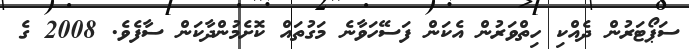
ސަޕޯޓަރުން ދެއްކި ހިތްވަރުން އެކަން ފަސޭހަވާނެ މަގުތައް ކޮށެމުންދާކަން ސާފެވެ. 2008 ގެ